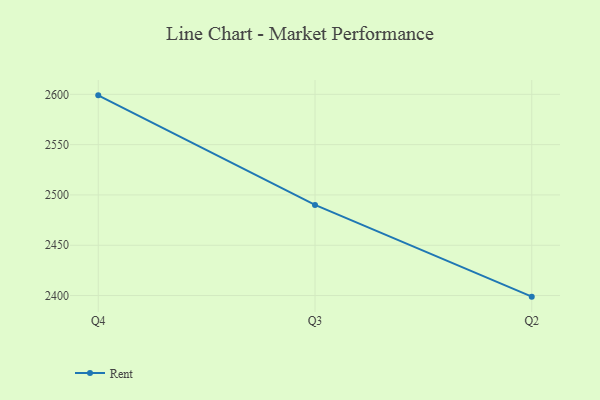
{"axis": {"x": "Quarter", "y": "Headcount"}, "legend": ["Rent"], "data": [{"x": "Q4", "y": 2599.0, "type": "Rent"}, {"x": "Q3", "y": 2490.1, "type": "Rent"}, {"x": "Q2", "y": 2398.9, "type": "Rent"}]}